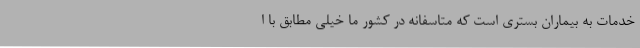
خدمات به بیماران بستری است که متاسفانه در کشور ما خیلی مطابق با ا